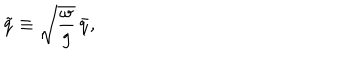
\tilde { q } \equiv \sqrt { \frac { \omega } { g } } \, \bar { q } ,